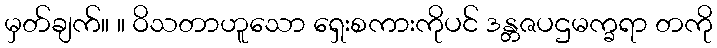
မှတ်ချက်။ ။ ဝိသတာဟူသော ရှေးစကားကိုပင် ဒန္တဇပဌမက္ခရာ တကို